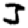
Digit: 3